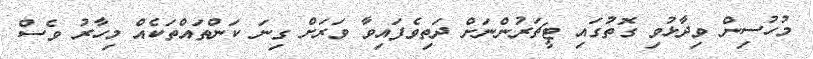
މުހުސިން ވިދާޅުވި ގޮތުގައި ޓީޗަރުންނަށް ދަތިވެފައިވާ ވަރަށް ގިނަ ކަންތައްތަކެއް މިހާރު ވެސް